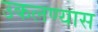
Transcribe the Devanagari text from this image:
उकलण्यास